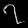
Digit: ၇